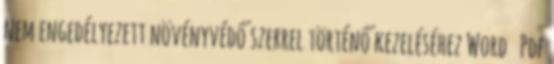
nem engedélyezett növényvédő szerrel történő kezeléséhez Word Pdf